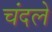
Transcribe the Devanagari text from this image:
चंदले